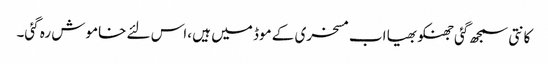
کانتی سمجھ گئی جھنکو بھیا اب مسخری کے موڈ میں ہیں ،اس لئے خاموش رہ گئی۔